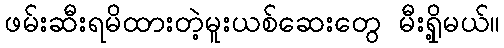
ဖမ်းဆီးရမိထားတဲ့မူးယစ်ဆေးတွေ မီးရှို့မယ်။